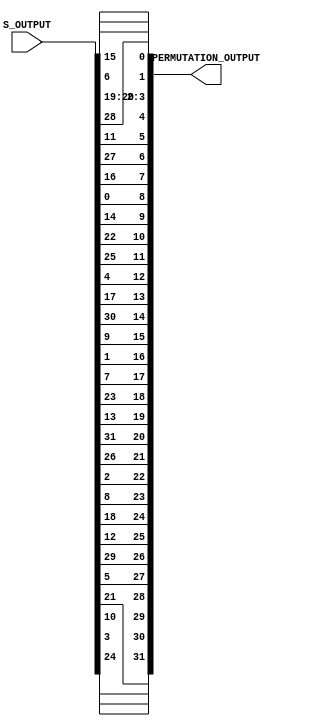
`timescale 1ns / 1ps
//////////////////////////////////////////////////////////////////////////////////
// Company: 
// Engineer: 
// 
// Design Name: 
// Module Name:    Permutation 
// Project Name: 
// Target Devices: 
// Tool versions: 
// Description: 
//
// Dependencies: 
//
// Revision: 
// Revision 0.01 - File Created
// Additional Comments: 
//
//////////////////////////////////////////////////////////////////////////////////
module Permutation(S_OUTPUT, PERMUTATION_OUTPUT);
 input [32 : 1] S_OUTPUT;
 output [32 : 1] PERMUTATION_OUTPUT;
 wire [32 : 1] S_OUTPUT;
 reg [32 : 1] PERMUTATION_OUTPUT;
 always @ (S_OUTPUT)
 begin
 PERMUTATION_OUTPUT[1] <= S_OUTPUT[16];
 PERMUTATION_OUTPUT[2] <= S_OUTPUT[7];
 PERMUTATION_OUTPUT[3] <= S_OUTPUT[20];
 PERMUTATION_OUTPUT[4] <= S_OUTPUT[21];
 PERMUTATION_OUTPUT[5] <= S_OUTPUT[29];
 PERMUTATION_OUTPUT[6] <= S_OUTPUT[12];
 PERMUTATION_OUTPUT[7] <= S_OUTPUT[28];
 PERMUTATION_OUTPUT[8] <= S_OUTPUT[17];
 PERMUTATION_OUTPUT[9] <= S_OUTPUT[1];
 PERMUTATION_OUTPUT[10] <= S_OUTPUT[15];
 PERMUTATION_OUTPUT[11] <= S_OUTPUT[23];
 PERMUTATION_OUTPUT[12] <= S_OUTPUT[26];
 PERMUTATION_OUTPUT[13] <= S_OUTPUT[5];
 PERMUTATION_OUTPUT[14] <= S_OUTPUT[18];
 PERMUTATION_OUTPUT[15] <= S_OUTPUT[31];
 PERMUTATION_OUTPUT[16] <= S_OUTPUT[10];
 PERMUTATION_OUTPUT[17] <= S_OUTPUT[2];
 PERMUTATION_OUTPUT[18] <= S_OUTPUT[8];
 PERMUTATION_OUTPUT[19] <= S_OUTPUT[24];
 PERMUTATION_OUTPUT[20] <= S_OUTPUT[14];
 PERMUTATION_OUTPUT[21] <= S_OUTPUT[32];
 PERMUTATION_OUTPUT[22] <= S_OUTPUT[27];
 PERMUTATION_OUTPUT[23] <= S_OUTPUT[3];
 PERMUTATION_OUTPUT[24] <= S_OUTPUT[9];
 PERMUTATION_OUTPUT[25] <= S_OUTPUT[19];
 PERMUTATION_OUTPUT[26] <= S_OUTPUT[13];
 PERMUTATION_OUTPUT[27] <= S_OUTPUT[30];
 PERMUTATION_OUTPUT[28] <= S_OUTPUT[6];
 PERMUTATION_OUTPUT[29] <= S_OUTPUT[22];
 PERMUTATION_OUTPUT[30] <= S_OUTPUT[11];
 PERMUTATION_OUTPUT[31] <= S_OUTPUT[4];
 PERMUTATION_OUTPUT[32] <= S_OUTPUT[25];
 end
 endmodule